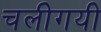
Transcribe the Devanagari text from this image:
चलीगयी